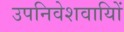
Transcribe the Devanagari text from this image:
उपनिवेशवायिों